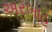
અરબાહ